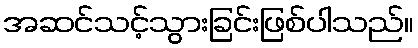
အဆင်သင့်သွားခြင်းဖြစ်ပါသည်။